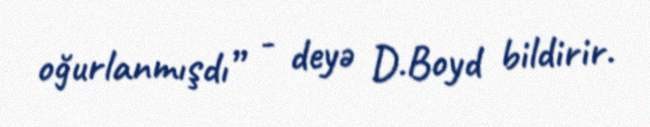
oğurlanmışdı” - deyə D.Boyd bildirir.